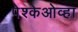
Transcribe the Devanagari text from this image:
पेश्केओव्हा